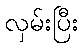
လှမ်းပြီး